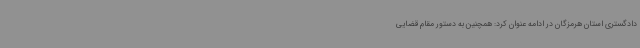
دادگستری استان هرمزگان در ادامه عنوان کرد: همچنین به دستور مقام قضایی